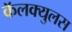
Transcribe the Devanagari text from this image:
कॅलक्युलस